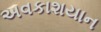
અવકાશયાન